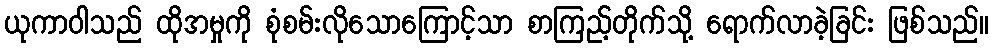
ယုကာဝါသည် ထိုအမှုကို စုံစမ်းလိုသောကြောင့်သာ စာကြည့်တိုက်သို့ ရောက်လာခဲ့ခြင်း ဖြစ်သည်။